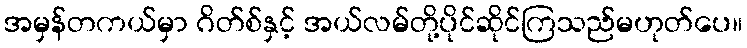
အမှန်တကယ်မှာ ဂိတ်စ်နှင့် အယ်လမ်တို့ပိုင်ဆိုင်ကြသည်မဟုတ်ပေ။